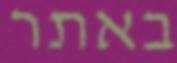
באתר